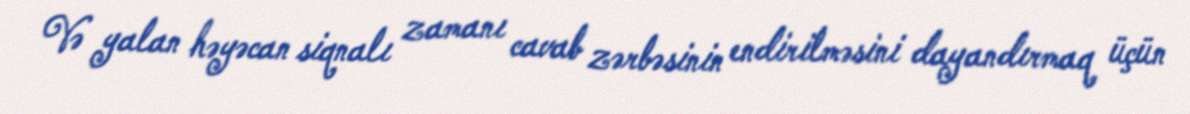
Və yalan həyəcan siqnalı zamanı cavab zərbəsinin endirilməsini dayandırmaq üçün